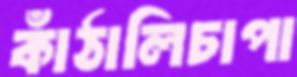
কাঁঠালিচাপা